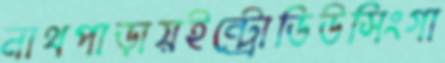
নাথপাড়ায়ইন্ট্রোডিউসিংগা